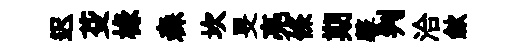
迟芟椽森坎旻亮條期馨判洽歛